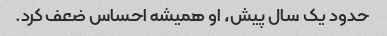
حدود یک سال پیش، او همیشه احساس ضعف کرد.